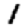
Digit: 1